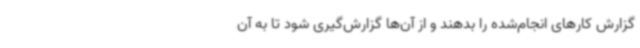
گزارش کارهای انجام‌شده را بدهند و از آن‌ها گزارش‌گیری شود تا به آن